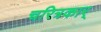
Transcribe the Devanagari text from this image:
चरित्रकार्